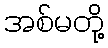
အစ်မတို့